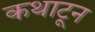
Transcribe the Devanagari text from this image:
कथाटून